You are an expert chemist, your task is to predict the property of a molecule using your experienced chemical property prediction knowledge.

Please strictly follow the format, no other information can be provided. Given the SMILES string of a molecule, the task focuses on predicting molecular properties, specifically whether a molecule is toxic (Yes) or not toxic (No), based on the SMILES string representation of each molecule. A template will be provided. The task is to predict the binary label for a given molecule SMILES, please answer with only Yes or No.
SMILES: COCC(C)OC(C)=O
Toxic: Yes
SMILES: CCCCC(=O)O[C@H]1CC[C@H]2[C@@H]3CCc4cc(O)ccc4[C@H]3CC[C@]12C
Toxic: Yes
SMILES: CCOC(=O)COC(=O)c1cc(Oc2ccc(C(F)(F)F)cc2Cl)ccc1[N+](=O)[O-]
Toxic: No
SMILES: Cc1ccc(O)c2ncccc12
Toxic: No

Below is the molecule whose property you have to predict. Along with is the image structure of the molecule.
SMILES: CN1CCN(c2cc3c(nn2)Oc2ccccc2N3C)CC1
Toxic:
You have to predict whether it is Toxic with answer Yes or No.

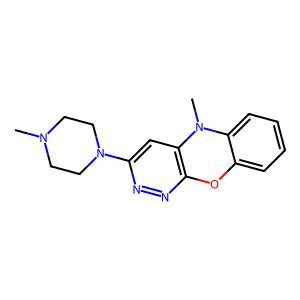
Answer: No